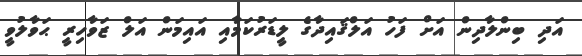
އަދި ބިންލާދިން އަށް ފަހު އަލްޤައިދާގެ ލީޑަރުކަމާއި އައިމަން އަލް ޒަވާހިރީ ޙަވާލުވީ